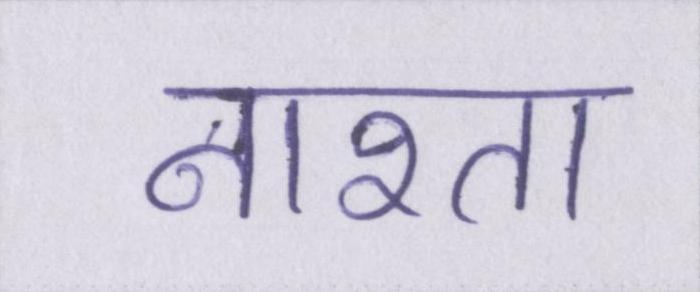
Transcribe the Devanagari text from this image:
नाश्ता